Insane asylums Bombay 1873-77 - 1873-1877
Year: 1873
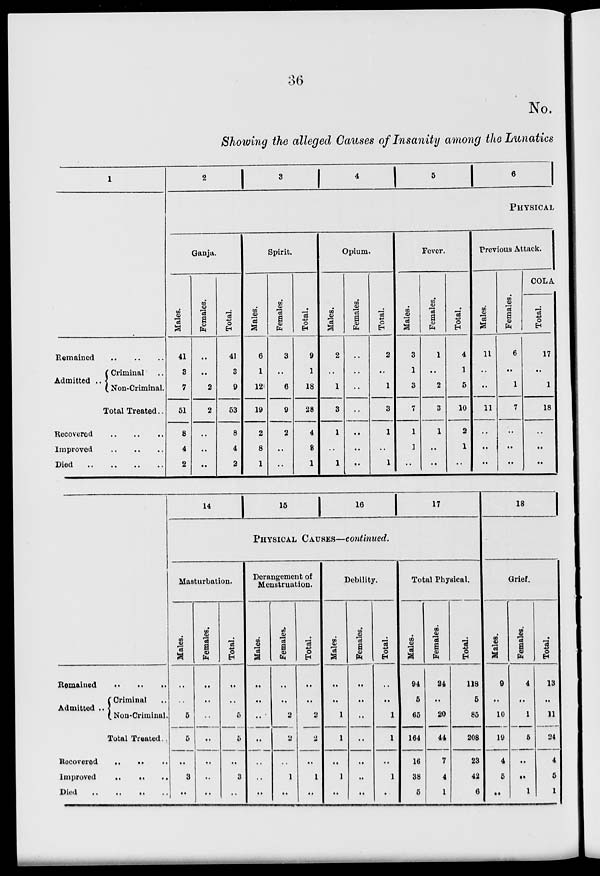
36
No.
Showing the alleged Causes of Insanity among the Lunatics
1
Remained
..
..
..
Admitted
Criminal ..
Non-Criminal.
Total Treated ..
Recovered
..
..
..
Improved
..
..
..
Died .. .. .. ..
2
3
4
5
6
PHSICAL
Ganja.
Males.
41
3
7
51
8
4
2
Females.
..
..
2
2
..
..
..
Total.
41
3
9
53
8
4
2
Spirit.
Males.
6
1
12
19
2
8
1
Females.
3
..
6
9
2
..
..
Total.
9
1
18
28
4
8
1
Opium.
Males.
2
..
1
3
1
..
1
Females.
..
..
..
..
..
..
..
Total.
2
..
1
3
1
..
1
Fever.
Males.
3
1
3
7
1
1
..
Females.
1
..
2
3
1
..
..
Total.
4
1
5
10
2
1
..
Previous Attack.
Males.
11
..
..
11
..
..
..
Females.
6
..
1
7
..
..
..
COLA
Total.
17
..
1
18
..
..
..
Remained
..
..
..
Admitted ..
Criminal ..
Non-Criminal.
Total Treated..
Recovered
..
.. ..
Improved
..
..
..
Died
..
..
..
..
..
14
15
16
17
PHSICAL CAUSES—continued.
Masturbation.
Males.
..
..
5
5
..
3
..
Females.
..
..
..
..
..
..
..
Total.
..
..
5
5
..
3
..
Derangement of
Menstruation.
Males.
..
..
..
..
..
..
..
Females.
..
..
2
2
..
1
..
Total.
..
..
2
2
..
1
..
Debility.
Males.
..
..
1
1
..
1
..
Females.
..
..
..
..
..
..
..
Total.
..
..
1
1
..
1
..
Total Physical.
Males.
94
5
65
164
16
38
5
Females.
24
..
20
44
7
4
1
Total.
118
5
85
208
23
42
6
18
Grief.
Males.
9
..
10
19
4
5
..
Females.
4
..
1
5
..
..
1
Total.
13
..
11
24
4
5
1